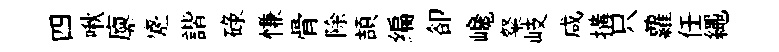
四啾廪蹙諧碌慊骨除頡编卻巉粲岐咸搆只蘿任繩